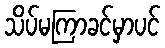
သိပ်မကြာခင်မှာပင်